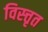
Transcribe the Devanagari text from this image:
विस्त्तृत